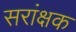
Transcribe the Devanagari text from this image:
सरांक्षक